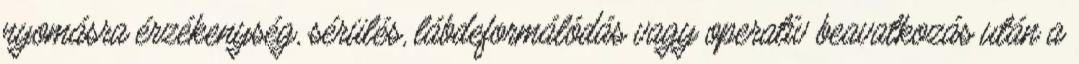
nyomásra érzékenység, sérülés, lábdeformálódás vagy operatív beavatkozás után a